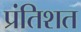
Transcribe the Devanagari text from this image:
प्रंतिशत